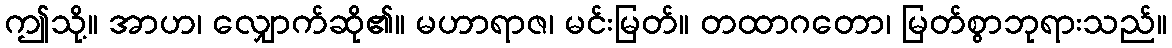
ဤသို့။ အာဟ၊ လျှောက်ဆို၏။ မဟာရာဇ၊ မင်းမြတ်။ တထာဂတော၊ မြတ်စွာဘုရားသည်။